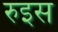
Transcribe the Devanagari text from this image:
रुइस